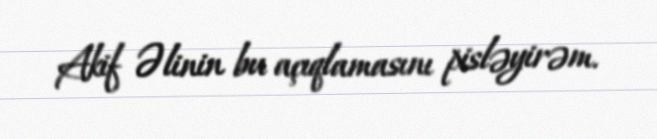
Akif Əlinin bu açıqlamasını pisləyirəm.